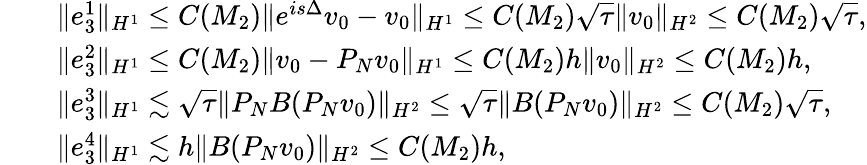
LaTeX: \begin{array}{rl}&{\begin{array}{rl}&{\| e_{3}^{1}\| _{H^{1}}\leq C(M_{2})\| e^{is\Delta}v_{0}-v_{0}\| _{H^{1}}\leq C(M_{2})\sqrt{\tau}\| v_{0}\| _{H^{2}}\leq C(M_{2})\sqrt{\tau},}\\ &{\| e_{3}^{2}\| _{H^{1}}\leq C(M_{2})\| v_{0}-P_{N}v_{0}\| _{H^{1}}\leq C(M_{2})h\| v_{0}\| _{H^{2}}\leq C(M_{2})h,}\end{array}}\\ &{\begin{array}{rl}&{\| e_{3}^{3}\| _{H^{1}}\lesssim\sqrt{\tau}\| P_{N}B(P_{N}v_{0})\| _{H^{2}}\leq\sqrt{\tau}\| B(P_{N}v_{0})\| _{H^{2}}\leq C(M_{2})\sqrt{\tau},}\\ &{\| e_{3}^{4}\| _{H^{1}}\lesssim h\| B(P_{N}v_{0})\| _{H^{2}}\leq C(M_{2})h,}\end{array}}\end{array}